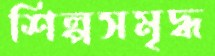
শিল্পসমৃদ্ধ